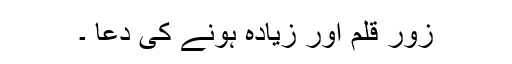
زور قلم اور زیادہ ہونے کی دعا ۔